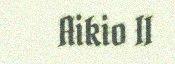
Aikio II